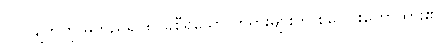
၁၀-ချက်ကို မူတည်၍ ၈-ခုစီရှိသော တရားများကို စုပေါင်းဟောထား၏။